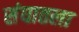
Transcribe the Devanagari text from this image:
संघातला